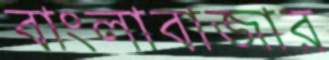
বাংলাবাজার